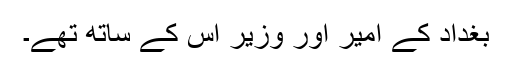
بغداد کے امیر اور وزیر اس کے ساتھ تھے۔